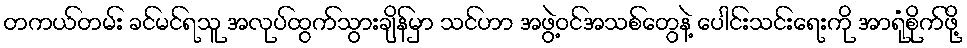
တကယ်တမ်း ခင်မင်ရသူ အလုပ်ထွက်သွားချိန်မှာ သင်ဟာ အဖွဲ့ဝင်အသစ်တွေနဲ့ ပေါင်းသင်းရေးကို အာရုံစိုက်ဖို့